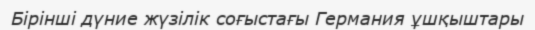
Бірінші дүние жүзілік соғыстағы Германия ұшқыштары